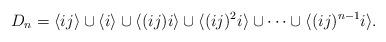
LaTeX: \begin{align*}D_n=\langle ij \rangle \cup \langle i \rangle \cup \langle (ij)i \rangle \cup \langle (ij)^2i \rangle\cup \dots \cup \langle (ij)^{n-1}i \rangle.\end{align*}